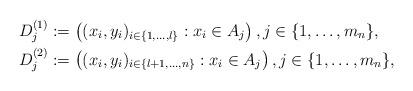
LaTeX: \begin{align*}D_j^{(1)}&:=\left( (x_i,y_i)_{i \in \lbrace 1,\ldots, l \rbrace} : x_i \in A_j \right) , j \in \lbrace 1,\ldots, m_n \rbrace,\\D_j^{(2)}&:=\left( (x_i,y_i)_{i \in \lbrace l+1,\ldots, n \rbrace} : x_i \in A_j \right), j \in \lbrace 1,\ldots, m_n \rbrace,\end{align*}